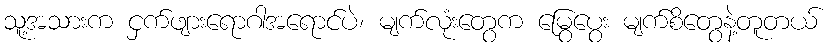
သူ့အသားက ငှက်ဖျားရောဂါအရောင်ပဲ၊ မျက်လုံးတွေက မြွေပွေး မျက်စိတွေနဲ့တူတယ်